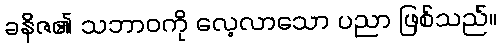
ခနိဇ၏ သဘာဝကို လေ့လာသော ပညာ ဖြစ်သည်။